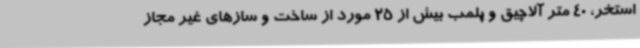
استخر، 40 متر آلاچیق و پلمب بیش از 25 مورد از ساخت و سازهای غیر مجاز